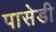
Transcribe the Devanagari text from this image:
पासेडी